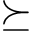
\succeq